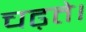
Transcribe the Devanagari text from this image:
चढ़ते।